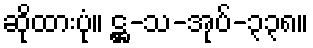
ဆိုထားပုံ။ ဋ္ဌ-သ-အုပ်-၃၃၈။